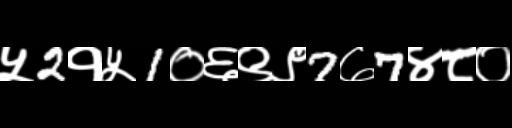
Text: ५2१५1०६९९7७7४८०